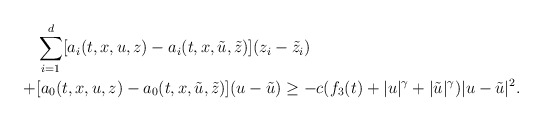
\begin{align*}& \sum_{i=1}^{d} [a_i(t,x,u,z) - a_i(t,x,\tilde{u},\tilde{z})](z_i - \tilde{z}_i) \\ + & [a_0(t,x,u,z)-a_0(t,x,\tilde{u},\tilde{z})](u-\tilde{u}) \geq - c ( f_3(t) + |u|^{\gamma} + |\tilde{u}|^{\gamma})|u-\tilde{u}|^{2}.\end{align*}